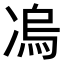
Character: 𭂛